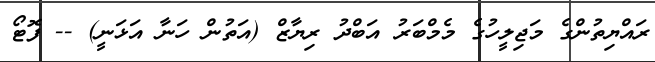
ރައްޔިތުންގެ މަޖިލީހުގެ މެމްބަރު އަބްދު ރިޔާޒް (އަތުން ހަނާ އަޅަނީ) -- ފޮޓޯ